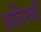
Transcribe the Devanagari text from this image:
अविनयों